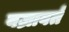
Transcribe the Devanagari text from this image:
वज्रावर्त